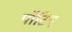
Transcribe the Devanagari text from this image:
पॉटिए